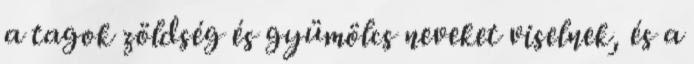
a tagok zöldség és gyümölcs neveket viselnek, és a